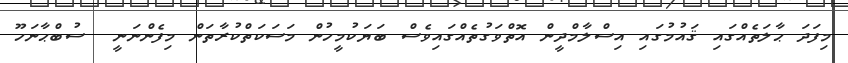
މިފަދަ ޙާލަތެއްގައި ޤައުމުގައި އިސްލާމްދީން އޮތްވަގުތެއްގައިވެސް ބަޔަކުމީހުން މަސަކަތްކުރާތަން މިފެންނަނީ  ސުބްޙާނަހޫ